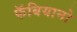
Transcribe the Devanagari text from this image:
फॅबियानो